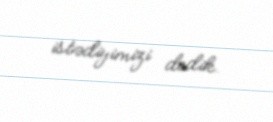
istədiyimizi dedik.